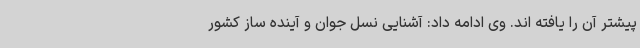
پیشتر آن را یافته اند. وی ادامه داد: آشنایی نسل جوان و آینده ساز کشور